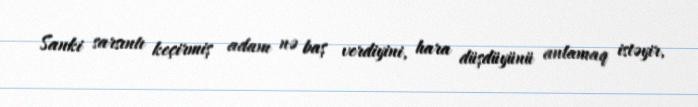
Sanki sarsıntı keçirmiş adam nə baş verdiyini, hara düşdüyünü anlamaq istəyir,